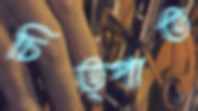
চিত্পাত